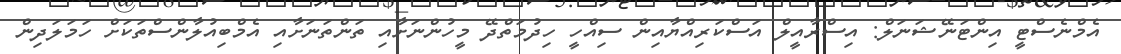
އެމްނެސްޓީ އިންޓަނޭޝަނަލް: އިސްރާއީލް އަސްކަރިއްޔާއިން ސިއްހީ ހިދުމަތްދޭ މީހުންނަށާއި ތަންތަނަށާއި އެމްބިއުލާންސްތަކަށް ހަމަލަދިން